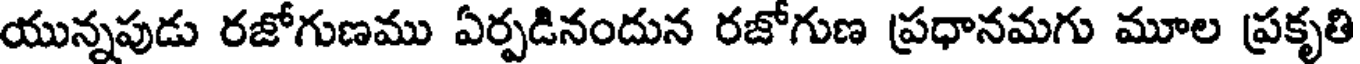
యున్నపుడు రజోగుణము ఏర్పడినందున రజోగుణ ప్రధానమగు మూల ప్రకృతి